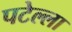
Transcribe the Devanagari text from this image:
पटेल्ला